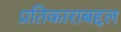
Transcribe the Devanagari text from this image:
प्रतिकाराबद्दल